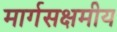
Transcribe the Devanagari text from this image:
मार्गसक्षमीय